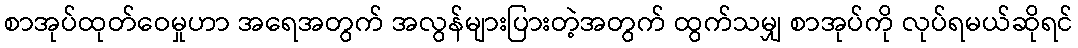
စာအုပ်ထုတ်ဝေမှုဟာ အရေအတွက် အလွန်များပြားတဲ့အတွက် ထွက်သမျှ စာအုပ်ကို လုပ်ရမယ်ဆိုရင်